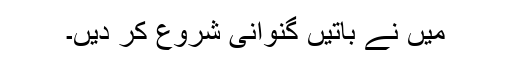
مَیں نے باتیں گنوانی شروع کر دیں۔